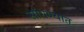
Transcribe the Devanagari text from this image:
सांगण्‍यात